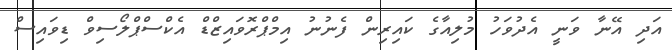
އަދި އޭނާ ވަނީ އެދުވަހު މުލިއާގެ ކައިރިން ފެނުނު އިމްޕްރޮވައިޒްޑް އެކްސްޕްލޯސިވް ޑިވައިސް